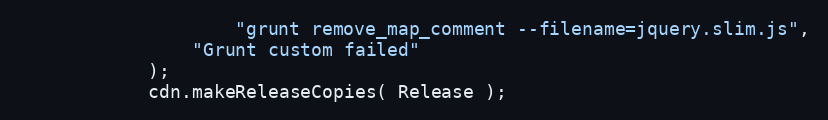
Language: JavaScript
					"grunt remove_map_comment --filename=jquery.slim.js",
				"Grunt custom failed"
			);
			cdn.makeReleaseCopies( Release );